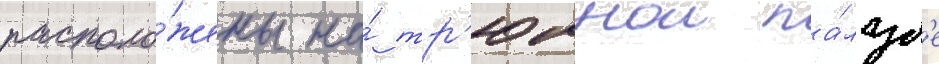
располо́жены на́ тр'юмнои па́луб'е